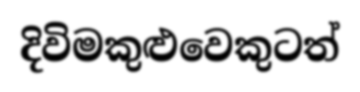
දිවිමකුළුවෙකුටත්